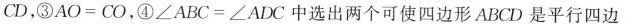
C D$$，③$$A O = C O$$,④$$∠ A B C = ∠ A D C$$中选出两个可使四边形ABCD是平行四边形